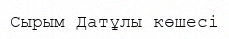
Сырым Датұлы көшесі